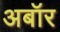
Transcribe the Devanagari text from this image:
अबॉर